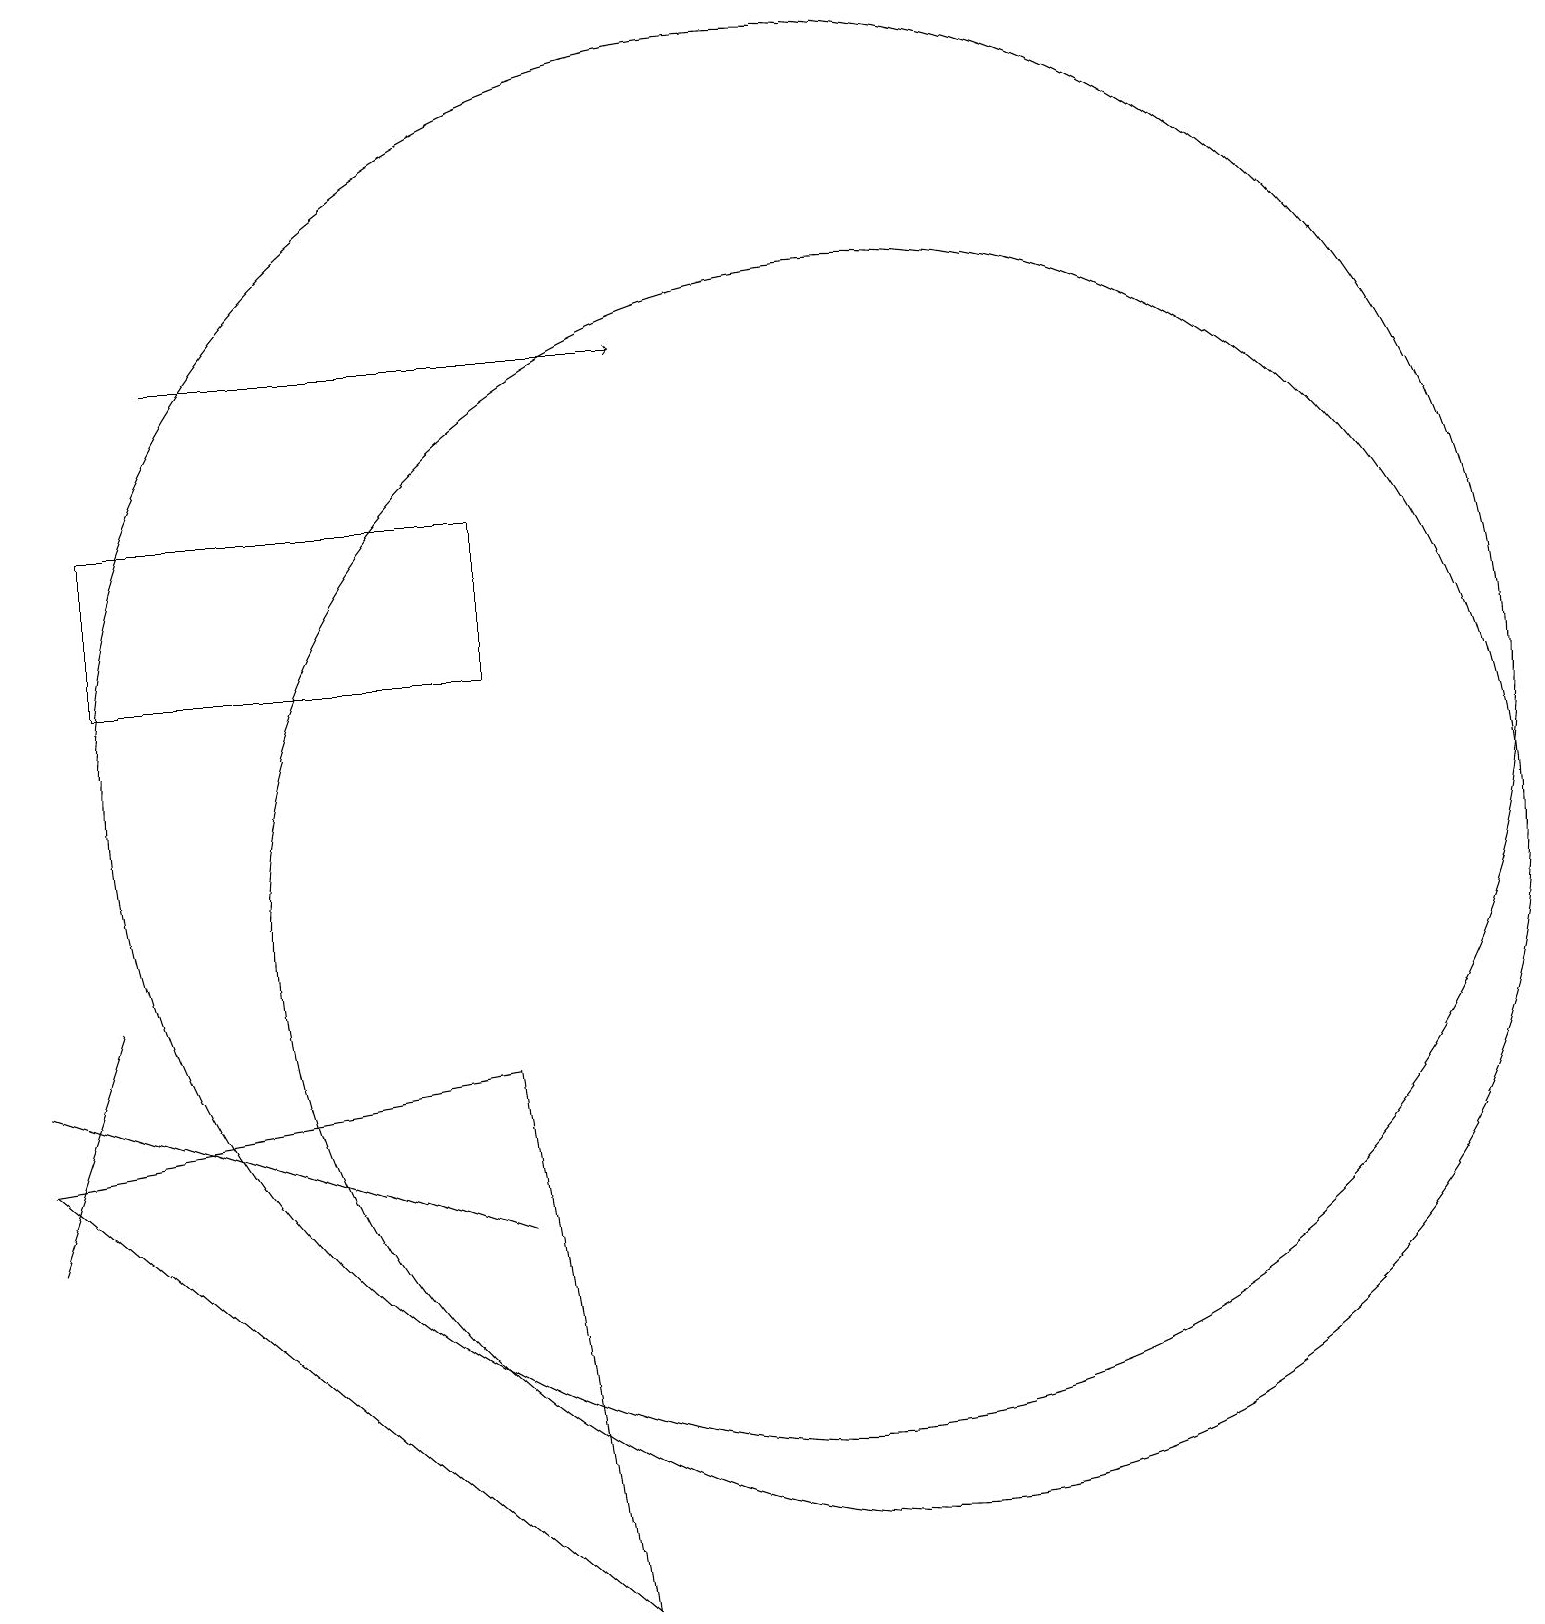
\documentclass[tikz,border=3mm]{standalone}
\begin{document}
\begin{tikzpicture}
\draw (6,13) rectangle (1,15);
\draw (10,12) circle (9);
\draw (6,6) -- (3,7) -- (0,8) -- cycle;
\draw[->] (2,17) -- (8,17);
\draw (11,10) circle (8);
\draw (0,6) -- (1,9) -- (1,9) -- cycle;
\draw (0,7) -- (7,1) -- (6,8) -- cycle;
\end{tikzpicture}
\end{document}